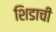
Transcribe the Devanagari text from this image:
शिडाची